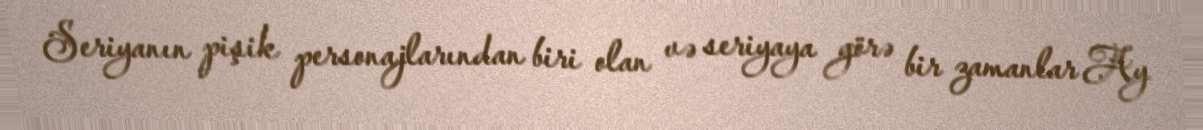
Seriyanın pişik personajlarından biri olan və seriyaya görə bir zamanlar Ay